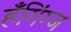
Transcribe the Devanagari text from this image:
हँगिंग्ज